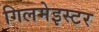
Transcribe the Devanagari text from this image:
गिलमेइस्टर